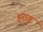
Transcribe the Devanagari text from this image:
हूराव